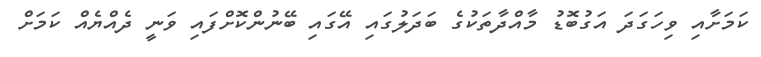
ކަމަށާއި ވިހަގަދަ އަގުބޮޑު މާއްދާތަކުގެ ބަދަލުގައި އޭގައި ބޭނުންކޮށްފައި ވަނީ ދެއްޔެއް ކަމަށް